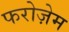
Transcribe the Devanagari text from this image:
फरोज़ेम